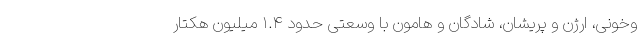
وخونی، ارژن و پریشان، شادگان و هامون با وسعتی حدود ۱.۴ میلیون هکتار